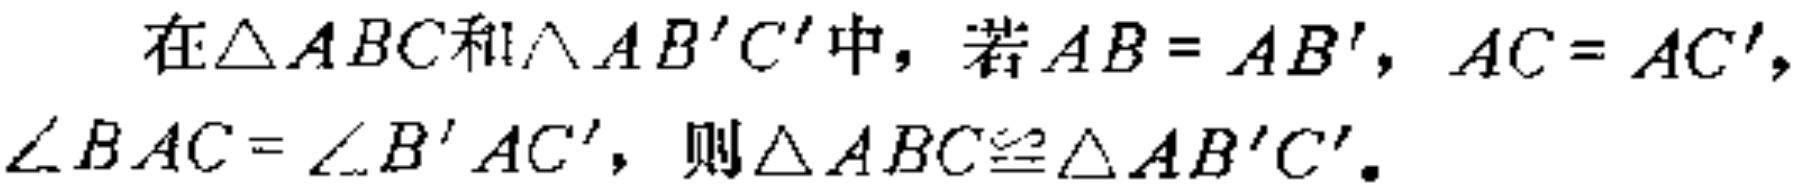
在$\triangle ABC$和$\triangle AB'C'$中，若$AB = AB'$，$AC = AC'$，$\angle BAC = \angle B'AC'$，则$\triangle ABC\cong\triangle AB'C'$。